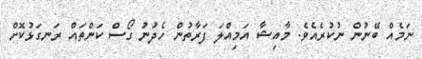
ނަމެއް ބޭނުން ނުކުރެއެވެ. މާއިޝާ އަމިއްލަ ފަރާތުން ހެދުނު ގޯސް ކަންތައް ރަނގަޅުކޮށް